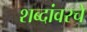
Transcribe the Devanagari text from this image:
शब्दांवरचे